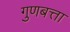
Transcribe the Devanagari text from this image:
गुणबत्ता